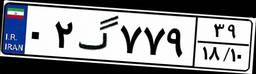
۴۹گ۷۲۰۴۱